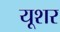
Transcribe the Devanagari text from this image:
यूशर